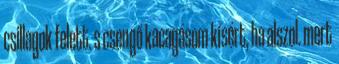
csillagok felett. s csengő kacagásom kísért, ha alszol. mert